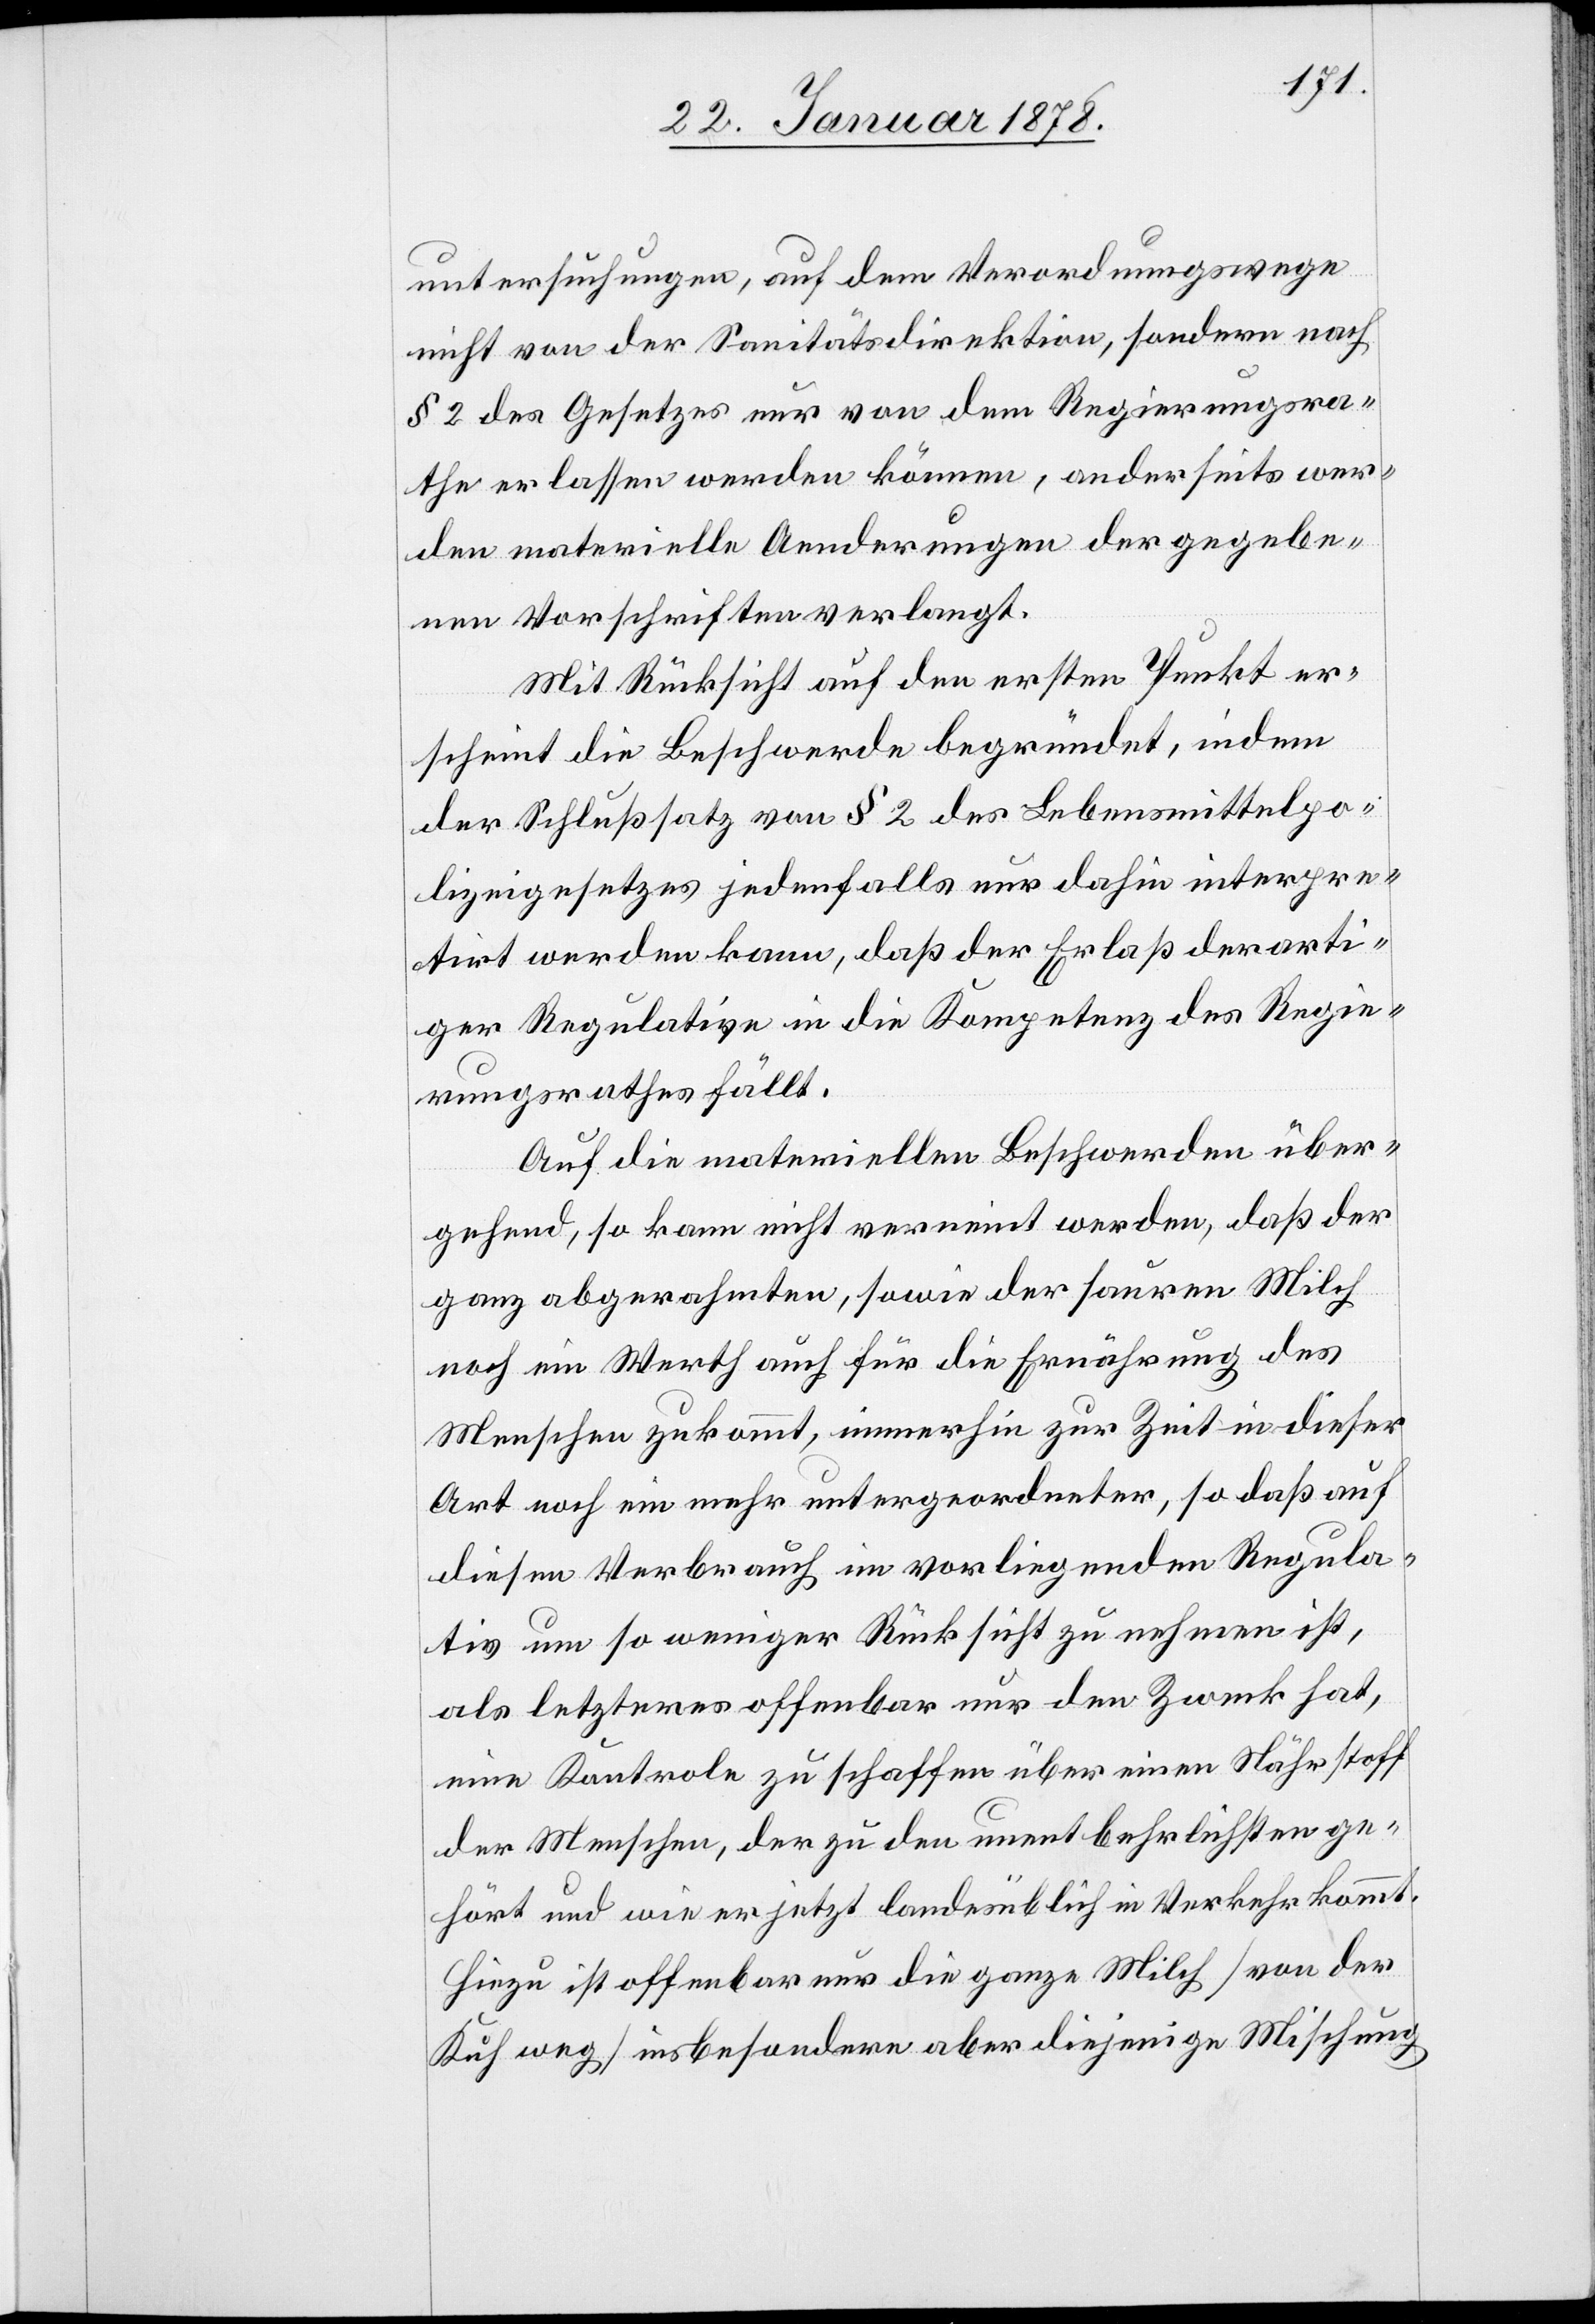
untersuchungen, auf dem Verordnungswege
nicht von der Sanitätsdirektion, sondern nach
§ 2 des Gesetzes nur von dem Regierungsra¬
the erlassen werden könne, anderseits wer¬
den materielle Aenderungen der gegebe¬
nen Vorschriften verlangt.
Mit Rücksicht auf den ersten Punkt er¬
scheint die Beschwerde begründet, indem
der Schlusssatz von § 2 des Lebensmittelpo¬
lizeigesetzes jedenfalls nur dahin interpre¬
tirt werden kann, daß der Erlaß derarti¬
ger Regulative in die Kompetenz des Regie¬
rungsrathes fällt.
Auf die materiellen Beschwerden über¬
gehend, so kann nicht verneint werden, daß der
ganz abgerahmten, sowie der sauren Milch
noch ein Werth auch für die Ernährung des
Menschen zukommt, immerhin zur Zeit in dieser
Art noch ein mehr untergeordneter, so daß auf
diesen Verbrauch im vorliegenden Regula¬
tiv um so weniger Rücksicht zu nehmen ist,
als letzterer offenbar nur den Zweck hat,
eine Kontrole zu schaffen über einen Nährstoff
der Menschen, der zu den unentbehrlichsten ge¬
hört und wie er jetzt landesüblich in Verkehr kommt.
Hiezu ist offenbar nur die ganze Milch (von der
Kuh weg) insbesondere aber diejenige Mischung